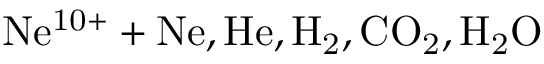
\mathrm { N e ^ { 1 0 + } + N e , H e , H _ { 2 } , C O _ { 2 } , H _ { 2 } O }